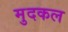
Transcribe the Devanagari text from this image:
मुदकल